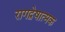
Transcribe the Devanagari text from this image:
रागद्वेषात्मक